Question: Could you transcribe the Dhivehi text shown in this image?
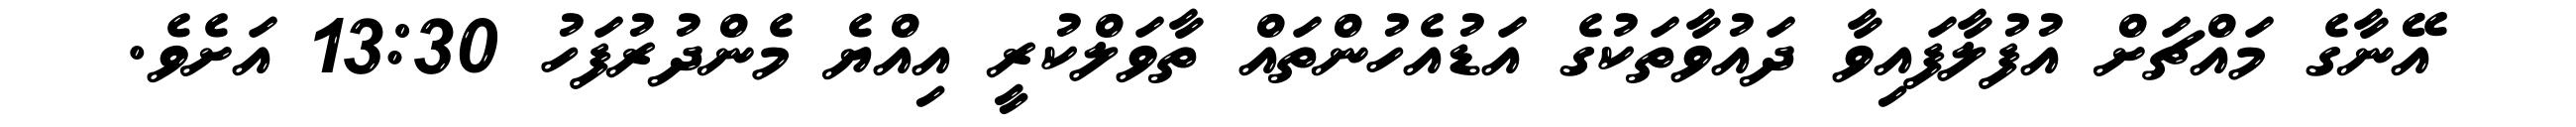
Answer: އޭނާގެ މައްޗަށް އުފުލާފައިވާ ދައުވާތަކުގެ އަޑުއެހުންތައް ތާވަލްކުރީ އިއްޔެ މެންދުރުފަހު 13:30 އަށެވެ.